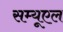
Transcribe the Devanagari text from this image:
सम्यूएल